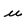
Character: u